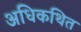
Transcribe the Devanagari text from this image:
अधिकथित